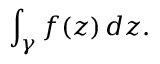
\int _ { \gamma } f ( z ) \, d z .